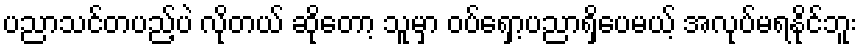
ပညာသင်တပည့်ပဲ လိုတယ် ဆိုတော့ သူမှာ ဝပ်ရှော့ပညာရှိပေမယ့် အလုပ်မရနိုင်ဘူး